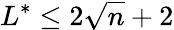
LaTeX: L^{*}\leq 2{\sqrt{n}}+2